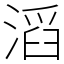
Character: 滔